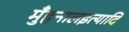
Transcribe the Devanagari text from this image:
मुँहनालइत्यादि